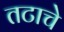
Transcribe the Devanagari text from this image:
तटाचे